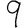
Digit: 9